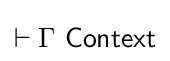
\vdash \Gamma \ {\mathsf {Context}}